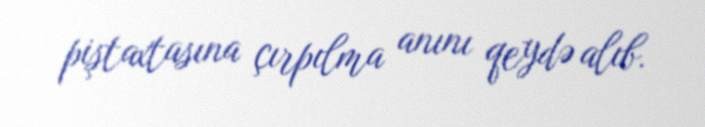
piştaxtasına çırpılma anını qeydə alıb.